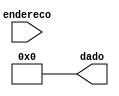
module ROM( endereco, dado );
	input [4:0] endereco;
	output [7:0] dado;
  
	reg [7:0] dado;

	always @*
		case (endereco)
			// INSIRA NAS LINHAS SEGUINTES O SEU PROGRAMA
			
			
			
			
			default: dado = 8'd0;
		endcase

endmodule